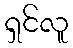
ရှင်လူ